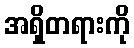
အရှိတရားကို